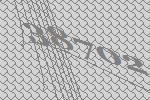
38702